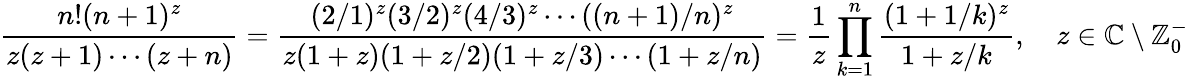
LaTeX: {\frac{n!(n+1)^{z}}{z(z+1)\cdots(z+n)}}={\frac{(2/1)^{z}(3/2)^{z}(4/3)^{z}\cdots((n+1)/n)^{z}}{z(1+z)(1+z/2)(1+z/3)\cdots(1+z/n)}}={\frac{1}{z}}\prod_{k=1}^{n}{\frac{(1+1/k)^{z}}{1+z/k}},\quad z\in\mathbb{C}\setminus\mathbb{Z}_{0}^{-}